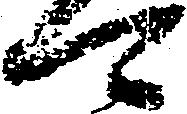
可